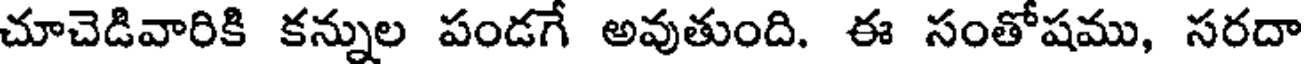
చూచెడివారికి కన్నుల పండగే అవుతుంది. ఈ సంతోషము, సరదా